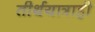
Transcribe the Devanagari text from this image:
तीर्थयात्राही